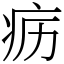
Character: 疬